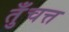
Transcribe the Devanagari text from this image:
तुँचत्त